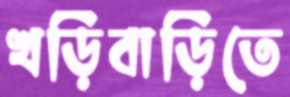
খড়িবাড়িতে